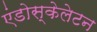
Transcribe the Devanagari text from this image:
एंडोस्केलेटन